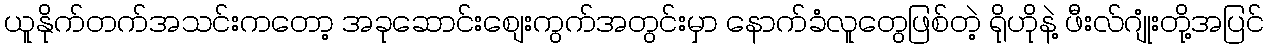
ယူနိုက်တက်အသင်းကတော့ အခုဆောင်းစျေးကွက်အတွင်းမှာ နောက်ခံလူတွေဖြစ်တဲ့ ရိုဟိုနဲ့ ဖီးလ်ဂျုံးတို့အပြင်